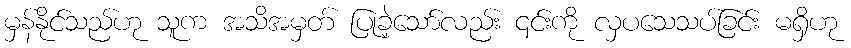
မှန်နိုင်သည်ဟု သူက အသိအမှတ် ပြုခဲ့သော်လည်း ၎င်းကို လှပသေသပ်ခြင်း မရှိဟု